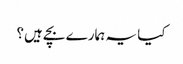
کیا یہ ہمارے بچے ہیں؟